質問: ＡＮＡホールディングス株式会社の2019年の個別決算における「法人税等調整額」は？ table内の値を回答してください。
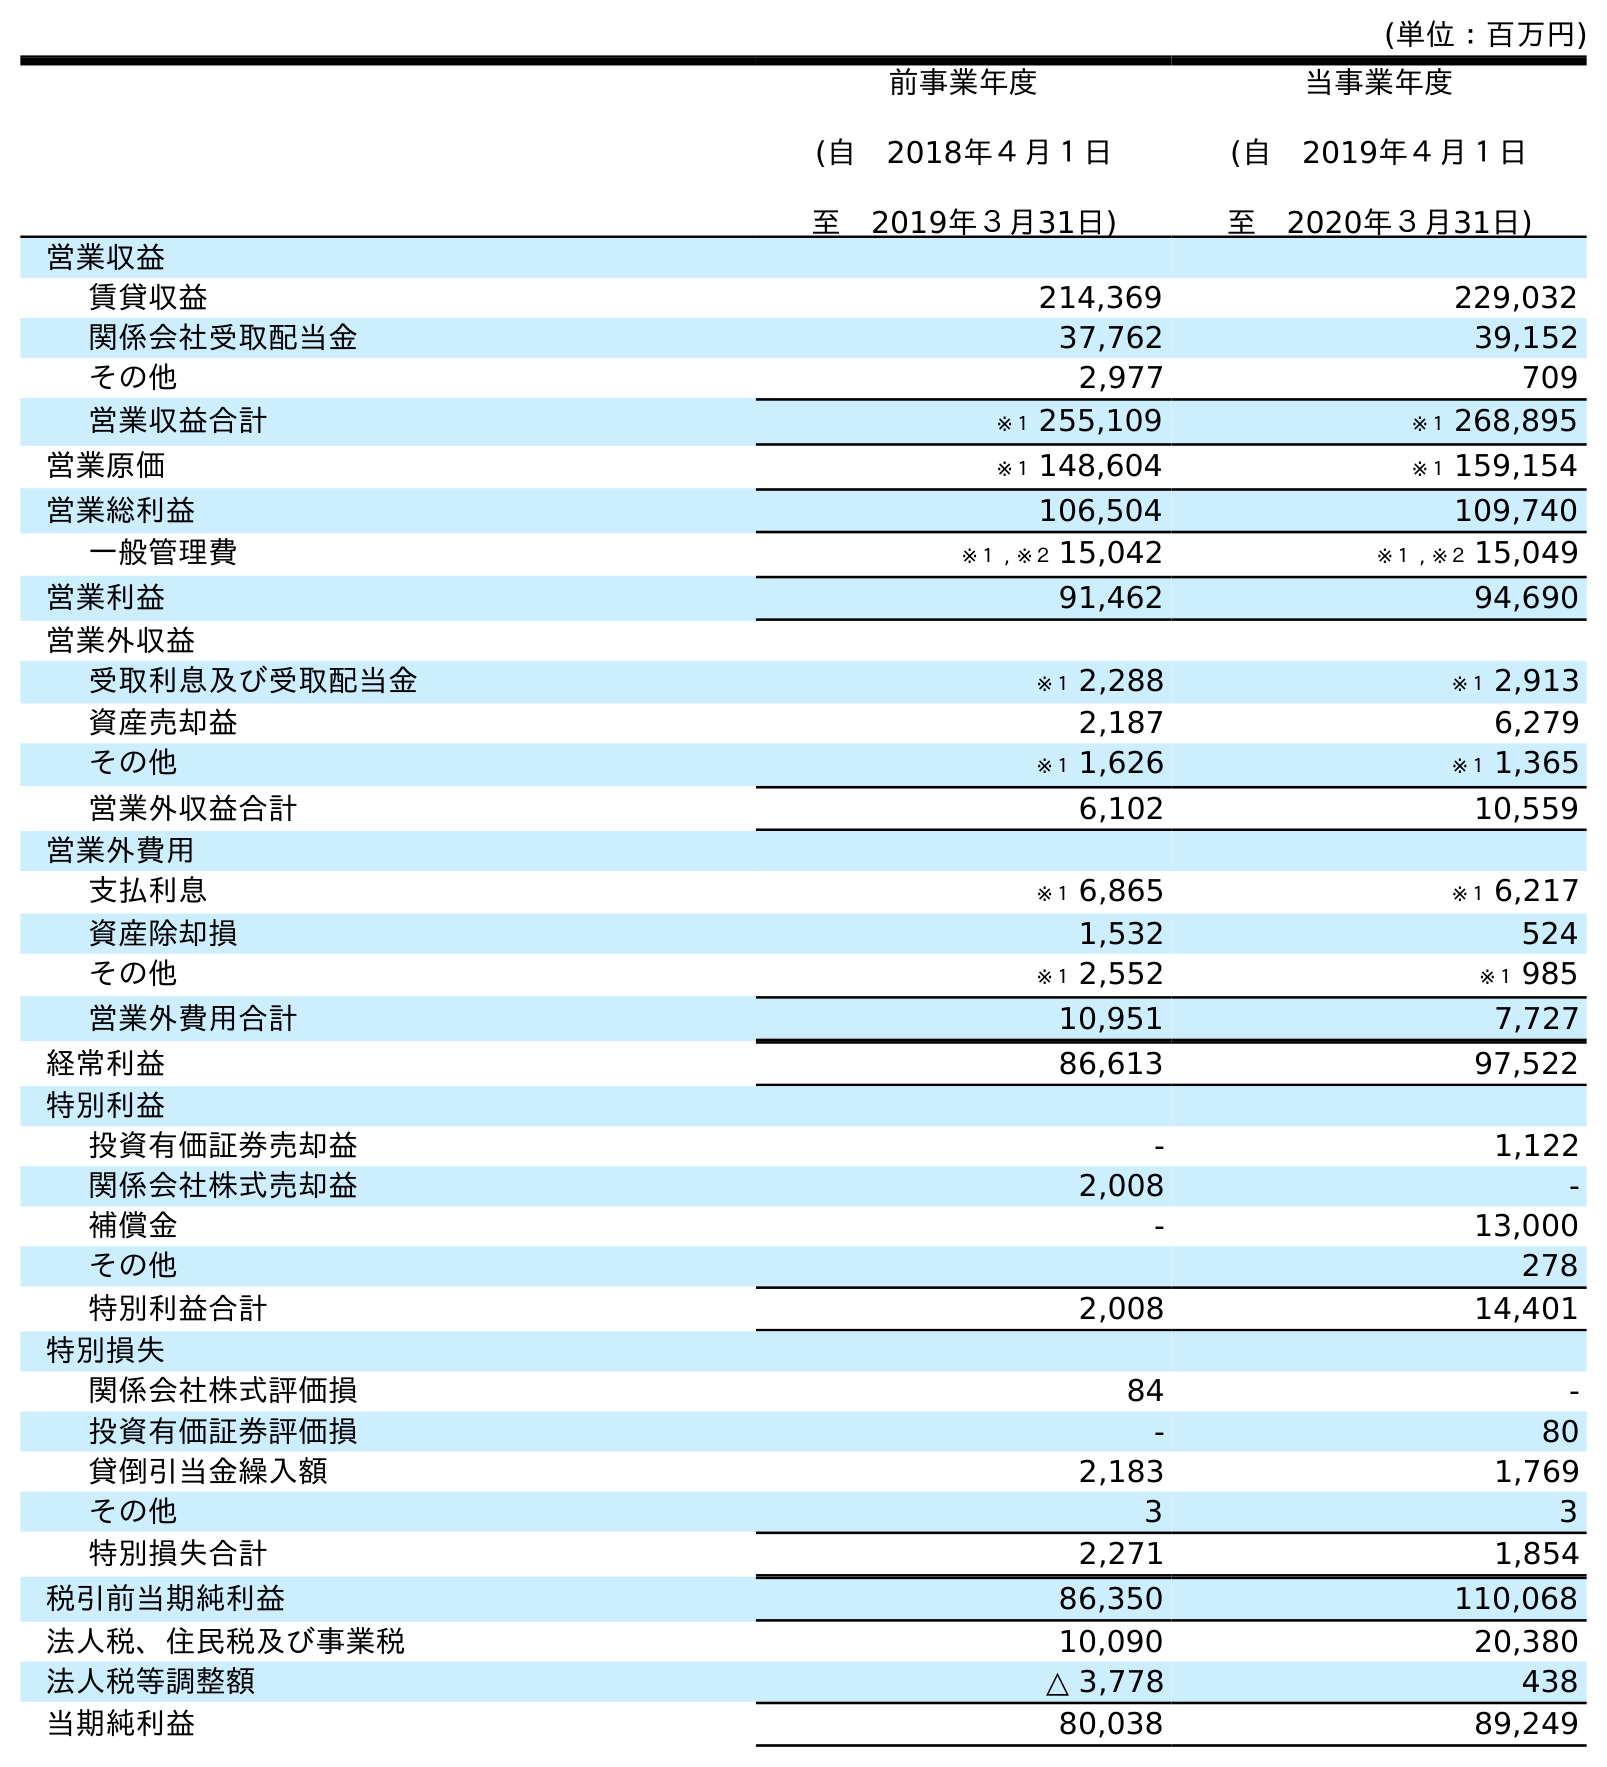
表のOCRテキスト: (単位：百万円) 前事業年度 (自 2018年４月１日 至 2019年３月31日) 当事業年度 (自 2019年４月１日 至 2020年３月31日) 営業収益 賃貸収益 214,369 229,032 関係会社受取配当金 37,762 39,152 その他 2,977 709 営業収益合計 ※１ 255,109 ※１ 268,895 営業原価 ※１ 148,604 ※１ 159,154 営業総利益 106,504 109,740 一般管理費 ※１ , ※２ 15,042 ※１ , ※２ 15,049 営業利益 91,462 94,690 営業外収益 受取利息及び受取配当金 ※１ 2,288 ※１ 2,913 資産売却益 2,187 6,279 その他 ※１ 1,626 ※１ 1,365 営業外収益合計 6,102 10,559 営業外費用 支払利息 ※１ 6,865 ※１ 6,217 資産除却損 1,532 524 その他 ※１ 2,552 ※１ 985 営業外費用合計 10,951 7,727 経常利益 86,613 97,522 特別利益 投資有価証券売却益 - 1,122 関係会社株式売却益 2,008 - 補償金 - 13,000 その他 278 特別利益合計 2,008 14,401 特別損失 関係会社株式評価損 84 - 投資有価証券評価損 - 80 貸倒引当金繰入額 2,183 1,769 その他 3 3 特別損失合計 2,271 1,854 税引前当期純利益 86,350 110,068 法人税、住民税及び事業税 10,090 20,380 法人税等調整額 △ 3,778 438 当期純利益 80,038 89,249
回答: △3,778